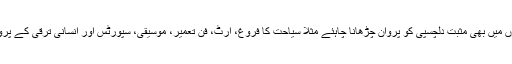
اسی طرح عالمی سطح پر دیگر شعبوں میں بھی مثبت دلچسپی کو پروان چڑھانا چاہئے مثلاً سیاحت کا فروغ، آرٹ، فن تعمیر، موسیقی، سپورٹس اور انسانی ترقی کے پروگراموں کا کامیاب عملی نفاذ وغیرہ۔